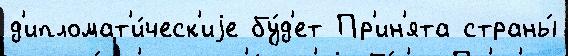
д'ипломат'и́ческ'иjе бу́д'ет Пр'ин'ята страны́